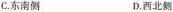
C.东南侧 D.西北侧